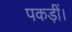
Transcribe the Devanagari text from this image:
पकड़ीं।